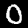
Label: 0